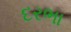
દરભા